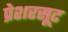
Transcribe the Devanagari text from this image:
प्रेशरसूट